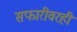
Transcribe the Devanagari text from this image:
सफारीवरही